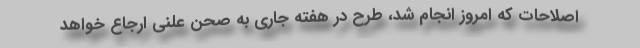
اصلاحات که امروز انجام شد، طرح در هفته جاری به صحن علنی ارجاع خواهد